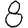
Digit: 8